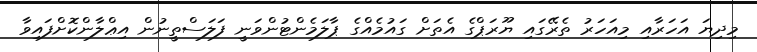
މިދިޔަ އަހަރާއި މިއަހަރު ތެރޭގައި ޔޫރަޕްގެ އެތަށް ގައުމެއްގެ ޕާލަމެންޓުންވަނީ ފަލަސްތީނުން އިޢްލާންކޮށްފައިވާ